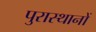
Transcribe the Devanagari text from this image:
पुरास्थानों